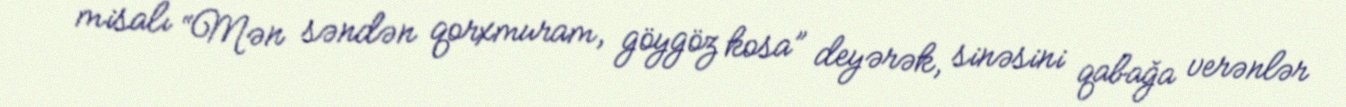
misalı “Mən səndən qorxmuram, göygöz kosa” deyərək, sinəsini qabağa verənlər